Elephants and their diseases
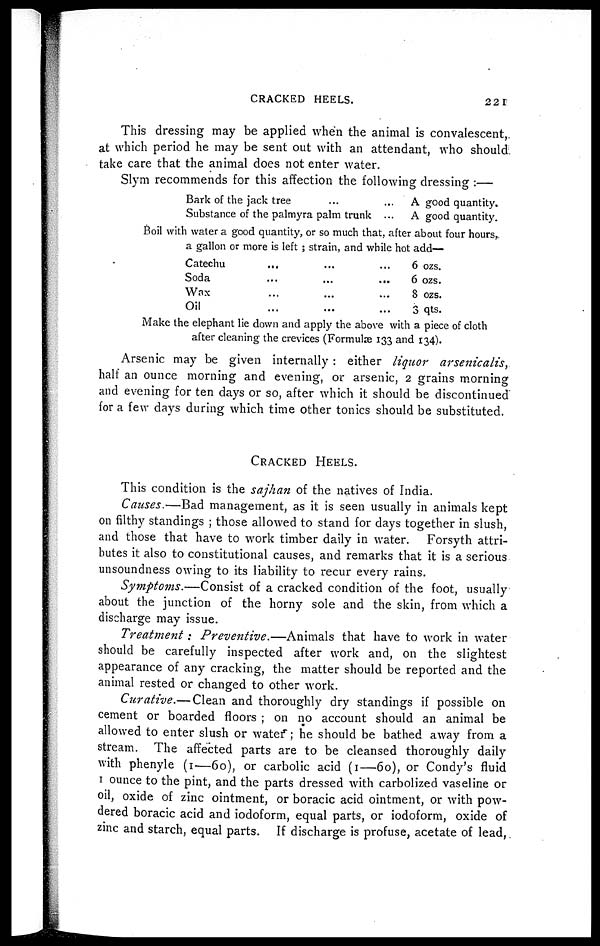
CRACKED HEELS.
221
This dressing may be applied when the animal is convalescent,
at which period he may be sent out with an attendant, who should
take care that the animal does not enter water.
Slym recommends for this affection the following dressing :—
Bark of the jack tree
...
Substance of the palmyra palm trunk ...
A good quantity.
A good quantity.
Boil with water a good quantity, or so much that, after about four hours,
a gallon or more is left ; strain, and while hot add—
Catechu ... ... ...
Soda ... ... ...
Wax ... ... ...
Oil ... ... ...
6 ozs.
6 ozs.
8 ozs.
3 qts.
Make the elephant lie down and apply the above with a piece of cloth
after cleaning the crevices (Formulæ 133 and 134).
Arsenic may be given internally: either liquor
arsenicalis,
half an ounce morning and evening, or arsenic, 2 grains morning
and evening for ten days or so, after which it should be discontinued
for a few days during which time other tonics should be substituted.
CRACKED HEELS.
This condition is the sajhan of the natives of India.
Causes.—Bad management, as it is seen usually in animals kept
on filthy standings ; those allowed to stand for days together in slush,
and those that have to work timber daily in water. Forsyth attri-
butes it also to constitutional causes, and remarks that it is a serious
unsoundness owing to its liability to recur every rains.
Symptoms.—Consist
of a cracked condition of the foot, usually
about the junction of the horny sole and the skin, from which a
discharge may issue.
Treatment : Preventive.—Animals
that have to work in water
should be carefully inspected after work and, on the slightest
appearance of any cracking, the matter should be reported and the
animal rested or changed to other work.
Curative.— Clean and thoroughly dry standings if possible on
cement or boarded floors ; on no account should an animal be
allowed to enter slush or water ; he should be bathed away from a
stream. The affected parts are to be cleansed thoroughly daily
with phenyle (1—60), or carbolic acid (1—60), or Condy's fluid
1 ounce to the pint, and the parts dressed with carbolized vaseline or
oil, oxide of zinc ointment, or boracic acid ointment, or with pow-
dered boracic acid and iodoform, equal parts, or iodoform, oxide of
zinc and starch, equal parts. If discharge is profuse, acetate of lead,